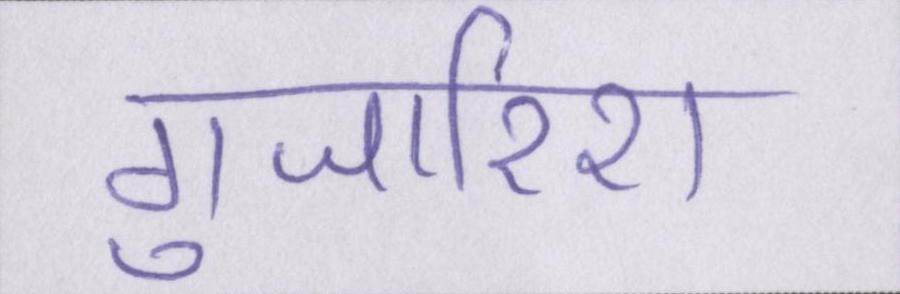
गुजारिश